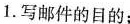
1.写邮件的目的: